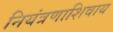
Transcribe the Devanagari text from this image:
नियंत्रणाशिवाय